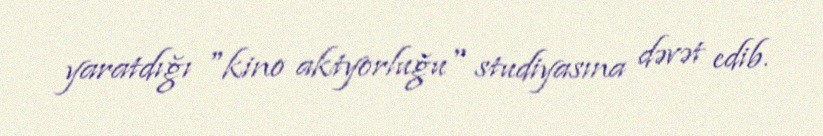
yaratdığı "kino aktyorluğu" studiyasına dəvət edib.